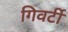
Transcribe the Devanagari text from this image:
गिवर्टी